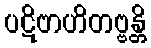
ပဋိဗာဟိတဗ္ဗန္တိ